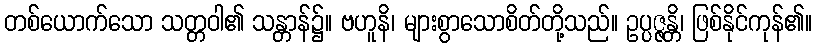
တစ်ယောက်သော သတ္တဝါ၏ သန္တာန်၌။ ဗဟူနိ၊ များစွာသောစိတ်တို့သည်။ ဥပ္ပဇ္ဇန္တိ၊ ဖြစ်နိုင်ကုန်၏။